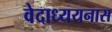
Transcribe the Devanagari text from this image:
वेदाध्ययनास